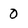
Character: 0